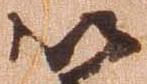
以